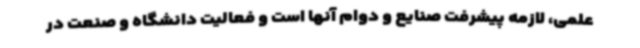
علمی، لازمه پیشرفت صنایع و دوام آنها است و فعالیت دانشگاه و صنعت در